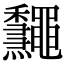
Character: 𪔁